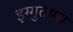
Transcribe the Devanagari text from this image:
इग्गुतप्पा